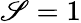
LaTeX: \mathscr{S}=1